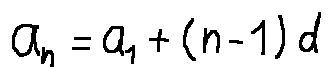
a _ { n } = a _ { 1 } + ( n - 1 ) d